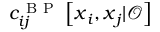
{ c } _ { i j } ^ { \mathrm { ~ B ~ P ~ } } \left[ \boldsymbol { x } _ { i } , \boldsymbol { x } _ { j } | \boldsymbol { \mathcal { O } } \right]